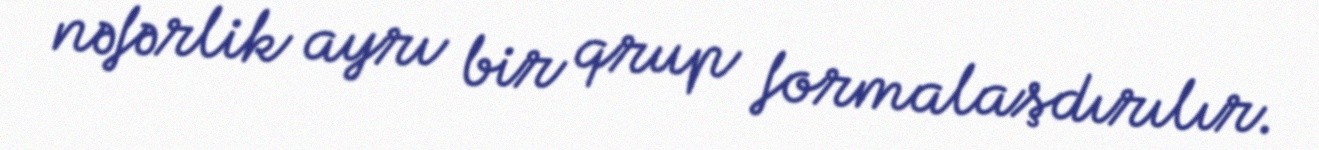
nəfərlik ayrı bir qrup formalaşdırılır.